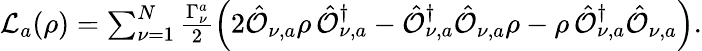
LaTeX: \begin{array}{r}{\mathcal{L}_{a}(\rho)=\sum_{\nu=1}^{N}\frac{\Gamma_{\nu}^{a}}{2}\left(2\hat{\mathcal{O}}_{\nu,a}\rho\, \hat{\mathcal{O}}_{\nu,a}^{\dagger}-\hat{\mathcal{O}}_{\nu,a}^{\dagger}\hat{\mathcal{O}}_{\nu,a}\rho-\rho\, \hat{\mathcal{O}}_{\nu,a}^{\dagger}\hat{\mathcal{O}}_{\nu,a}\right).}\end{array}